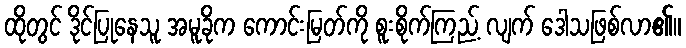
ထိုတွင် ဒိုင်ပြုနေသူ အမူခိုက ကောင်းမြတ်ကို စူးစိုက်ကြည့် လျက် ဒေါသဖြစ်လာ၏။